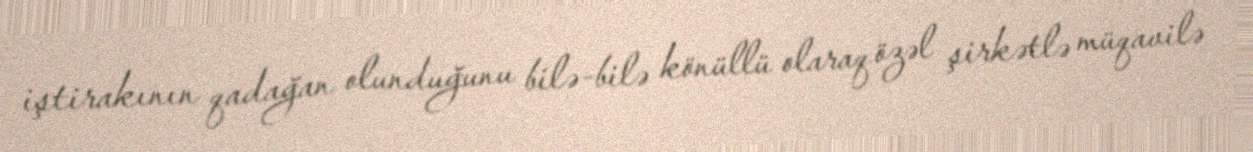
iştirakının qadağan olunduğunu bilə-bilə könüllü olaraq özəl şirkətlə müqavilə